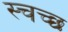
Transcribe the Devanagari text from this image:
स्चच्छ